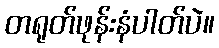
တရုတ်ဖုန်းနံပါတ်ပဲ။